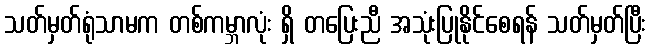
သတ်မှတ်ရုံသာမက တစ်ကမ္ဘာလုံး ရှိ တပြေးညီ အသုံးပြုနိုင်စေရန် သတ်မှတ်ပြီး